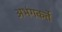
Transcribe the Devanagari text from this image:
अभंगकर्ते